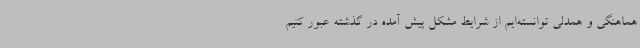
هماهنگی و همدلی توانسته‌ایم از شرایط مشکل پیش آمده در گذشته عبور کنیم